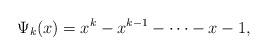
LaTeX: \begin{align*}\Psi_k(x)=x^k-x^{k-1}-\cdots-x-1,\end{align*}